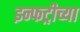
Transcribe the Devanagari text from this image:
इन्फट्रीच्या